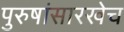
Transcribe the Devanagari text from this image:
पुरुषांसारखेच